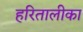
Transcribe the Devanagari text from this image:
हरितालीका